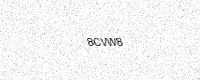
Text: 8CVW8